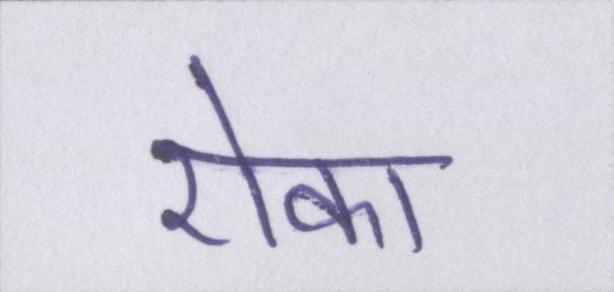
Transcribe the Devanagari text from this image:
रोका